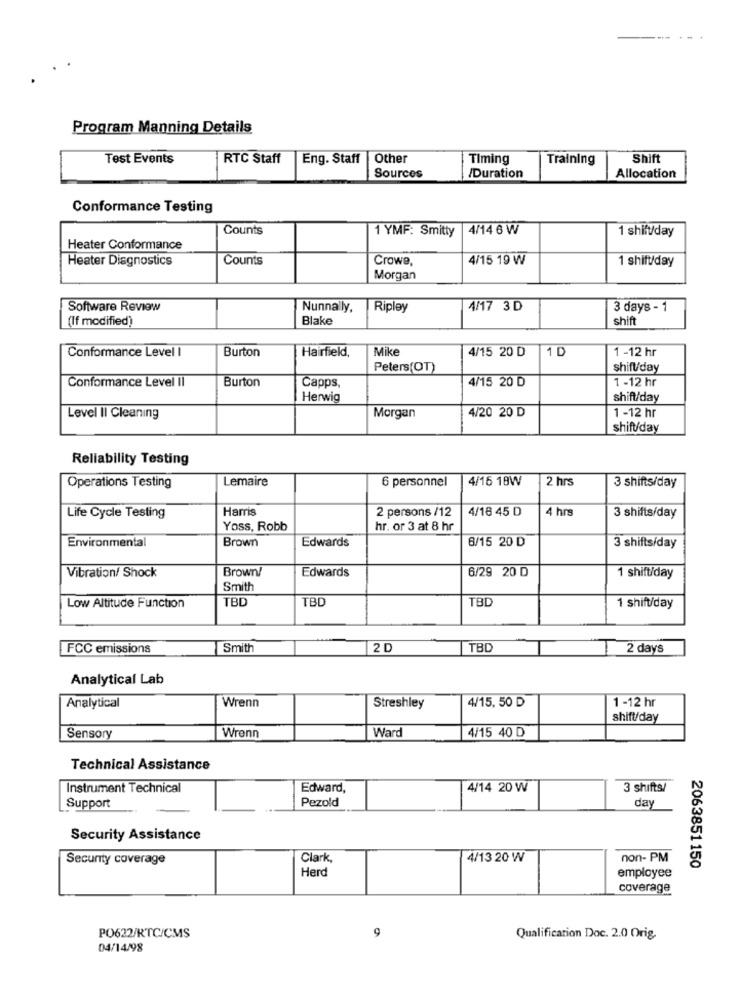
Program Manning Details
Test Events
RTC Staff
Eng. Staff
Other
Timing
Training
Shift
Sources
/Duration
Allocation
Conformance Testing
Counts
1 YMF: Smitty
4/14 6 W
1 shift/day
Heater Conformance
Heater Diagnostics
Counts
Crowe,
4/15 19 W
1 shift/day
Morgan
Software Review
Nunnally,
Ripley
4/17 3D
3 days - 1
(If modified)
Blake
shift
Burton
Mike
1 D
Conformance Level I
Hairfield,
4/15 20 D
1-12 hr
Peters(OT)
shift/day
Burton
4/15 20 D
1 -12 hr
Conformance Level Il
Capps,
Herwig
shift/day
4/20 20 D
Level Il Cleaning
Morgan
1 -12 hr
shift/day
Reliability Testing
Lemaire
6 personnel
4/16 18W
2 hrs
3 shifts/day
Operations Testing
Harris
2 persons /12
4/16 45 D
4 hrs
Life Cycle Testing
3 shifts/day
Yoss, Robb
hr. or 3 at 8 hr
Brown
Edwards
6/15 20 D
Environmental
3 shifts/day
Vibration/ Shock
Brown/
Edwards
6/29 20 D
1 shift/day
Smith
TBD
TBD
TBD
Low Altitude Function
1 shift/day
FCC emissions
Smith
2 D
TBD
2 days
Analytical Lab
Wrenn
4/15, 50 D
Analytical
Streshley
1 -12 hr
shift/day
Ward
Sensory
Wrenn
4/15 40 D
Technical Assistance
Instrument Technical
Edward,
4/14 20 W
3 shifts/
Support
Pezold
day
Security Assistance
Security coverage
Clark,
4/13 20 W
non- PM
Herd
employee
2063851150
coverage
PO622/RTC/CMS
9
Qualification Doc. 2.0 Orig.
04/14/98